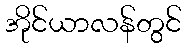
အိုင်ယာလန်တွင်